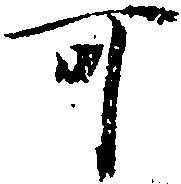
可